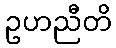
ဥဟညီတိ